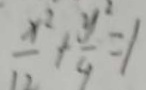
\frac { x ^ { 2 } } { 1 2 } + \frac { y ^ { 2 } } { 4 } = 1